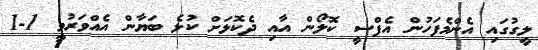
ލީގުގައި އެންމެފަހުން އެފްސީ ކޮލޯން އާއި ދެކޮޅަށް ކުޅެ ބަޔާން އެއްވަރުވީ 1-1